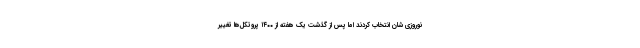
نوروزی شان انتخاب کردند اما پس از گذشت یک هفته از ۱۴۰۰ پروتکل‌ها تغییر